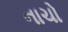
નાચો